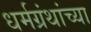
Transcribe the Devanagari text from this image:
धर्मग्रंथांच्या